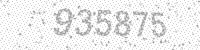
Solution: 935875